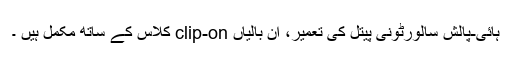
ہائی-پالش سالورٹونی پیتل کی تعمیر، ان بالیاں clip-on کلاس کے ساتھ مکمل ہیں ۔